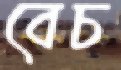
বেচ